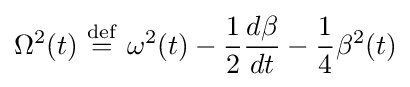
\Omega ^{2}(t)\ {\stackrel {\mathrm {def} }{=}}\ \omega ^{2}(t)-{\frac {1}{2}}{\frac {d\beta }{dt}}-{\frac {1}{4}}\beta ^{2}(t)